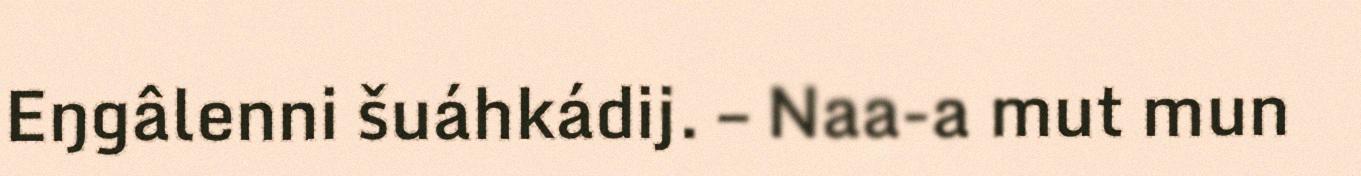
Eŋgâlenni šuáhkádij. – Naa-a mut mun